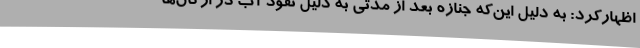
اظهارکرد: به دلیل این‌که جنازه بعد از مدتی به دلیل نفوذ آب در ارگان‌ها